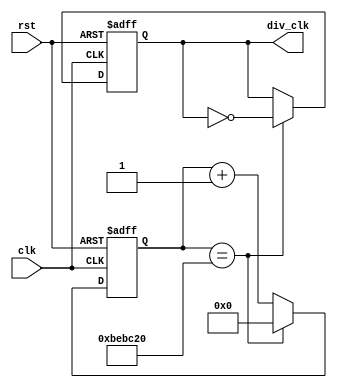
`define TimeExpire 32'd12500000
module div12500000(clk,rst,div_clk);
input clk,rst;
output div_clk;
reg div_clk;
reg[31:0] count;

always@(posedge clk or negedge rst)
begin
	if(!rst)
	begin 
	count <=32'd0;
	div_clk<=1'b0;
	end
	else
	begin
	if(count==`TimeExpire)
	begin
		count<=32'd0;
		div_clk<=~div_clk;
	end 
	else
		begin
		count<=count+32'd1;
		end
	end
end
endmodule